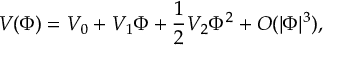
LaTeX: V ( \Phi ) = V _ { 0 } + V _ { 1 } \Phi + \frac { 1 } { 2 } V _ { 2 } \Phi ^ { 2 } + O ( | \Phi | ^ { 3 } ) ,